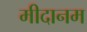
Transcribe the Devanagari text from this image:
मीदानम